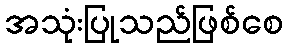
အသုံးပြုသည်ဖြစ်စေ